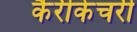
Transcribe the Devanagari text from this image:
कैरीकेचरी